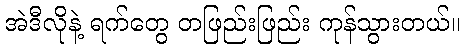
အဲဒီလိုနဲ့ ရက်တွေ တဖြည်းဖြည်း ကုန်သွားတယ်။